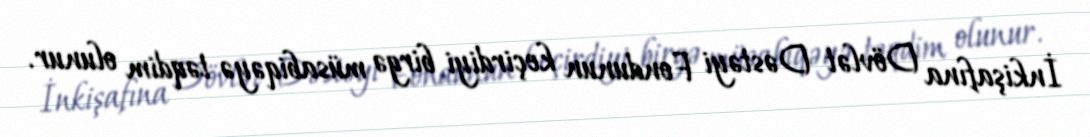
İnkişafına Dövlət Dəstəyi Fondunun keçirdiyi birgə müsabiqəyə təqdim olunur.